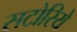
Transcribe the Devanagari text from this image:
सटोरिये